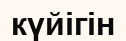
күйігін